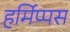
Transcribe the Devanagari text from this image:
हर्मिप्पस